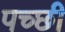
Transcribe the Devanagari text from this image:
पच्‍छी